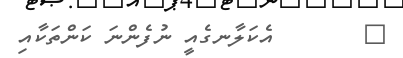
٦       އެކަލާނގެއީ ނުފެންނަ ކަންތަކާއި